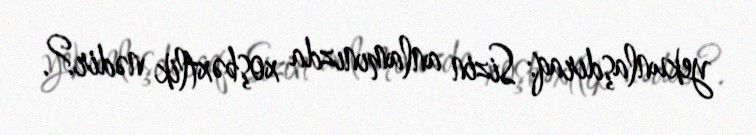
yekunlaşdıraq: Sizin anlamınızda xoşbəxtlik nədir?.